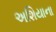
અશિયાના